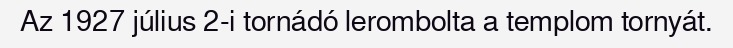
Az 1927 július 2-i tornádó lerombolta a templom tornyát.